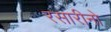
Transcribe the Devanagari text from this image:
रसारीनो